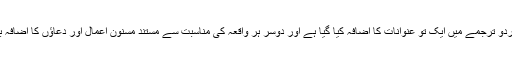
کتاب کے اس اردو ترجمے میں ایک تو عنوانات کا اضافہ کیا گیا ہے اور دوسر ہر واقعہ کی مناسبت سے مستند مسنون اعمال اور دعاؤں کا اضافہ بھی کیا گیا ہے۔